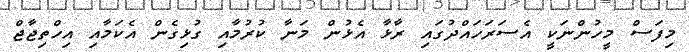
މިފަސް މީހުންނަކީ އެސަރަހައްދުގައި ރާޅާ އެޅުން މަނާ ކުރުމާއި ގުޅިގެން އެކަމާއި އިހްތިޖާޖް